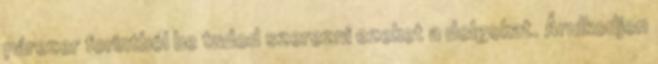
párezer forintból be tudod szerezni ezeket a dolgokat. Árulkodjon